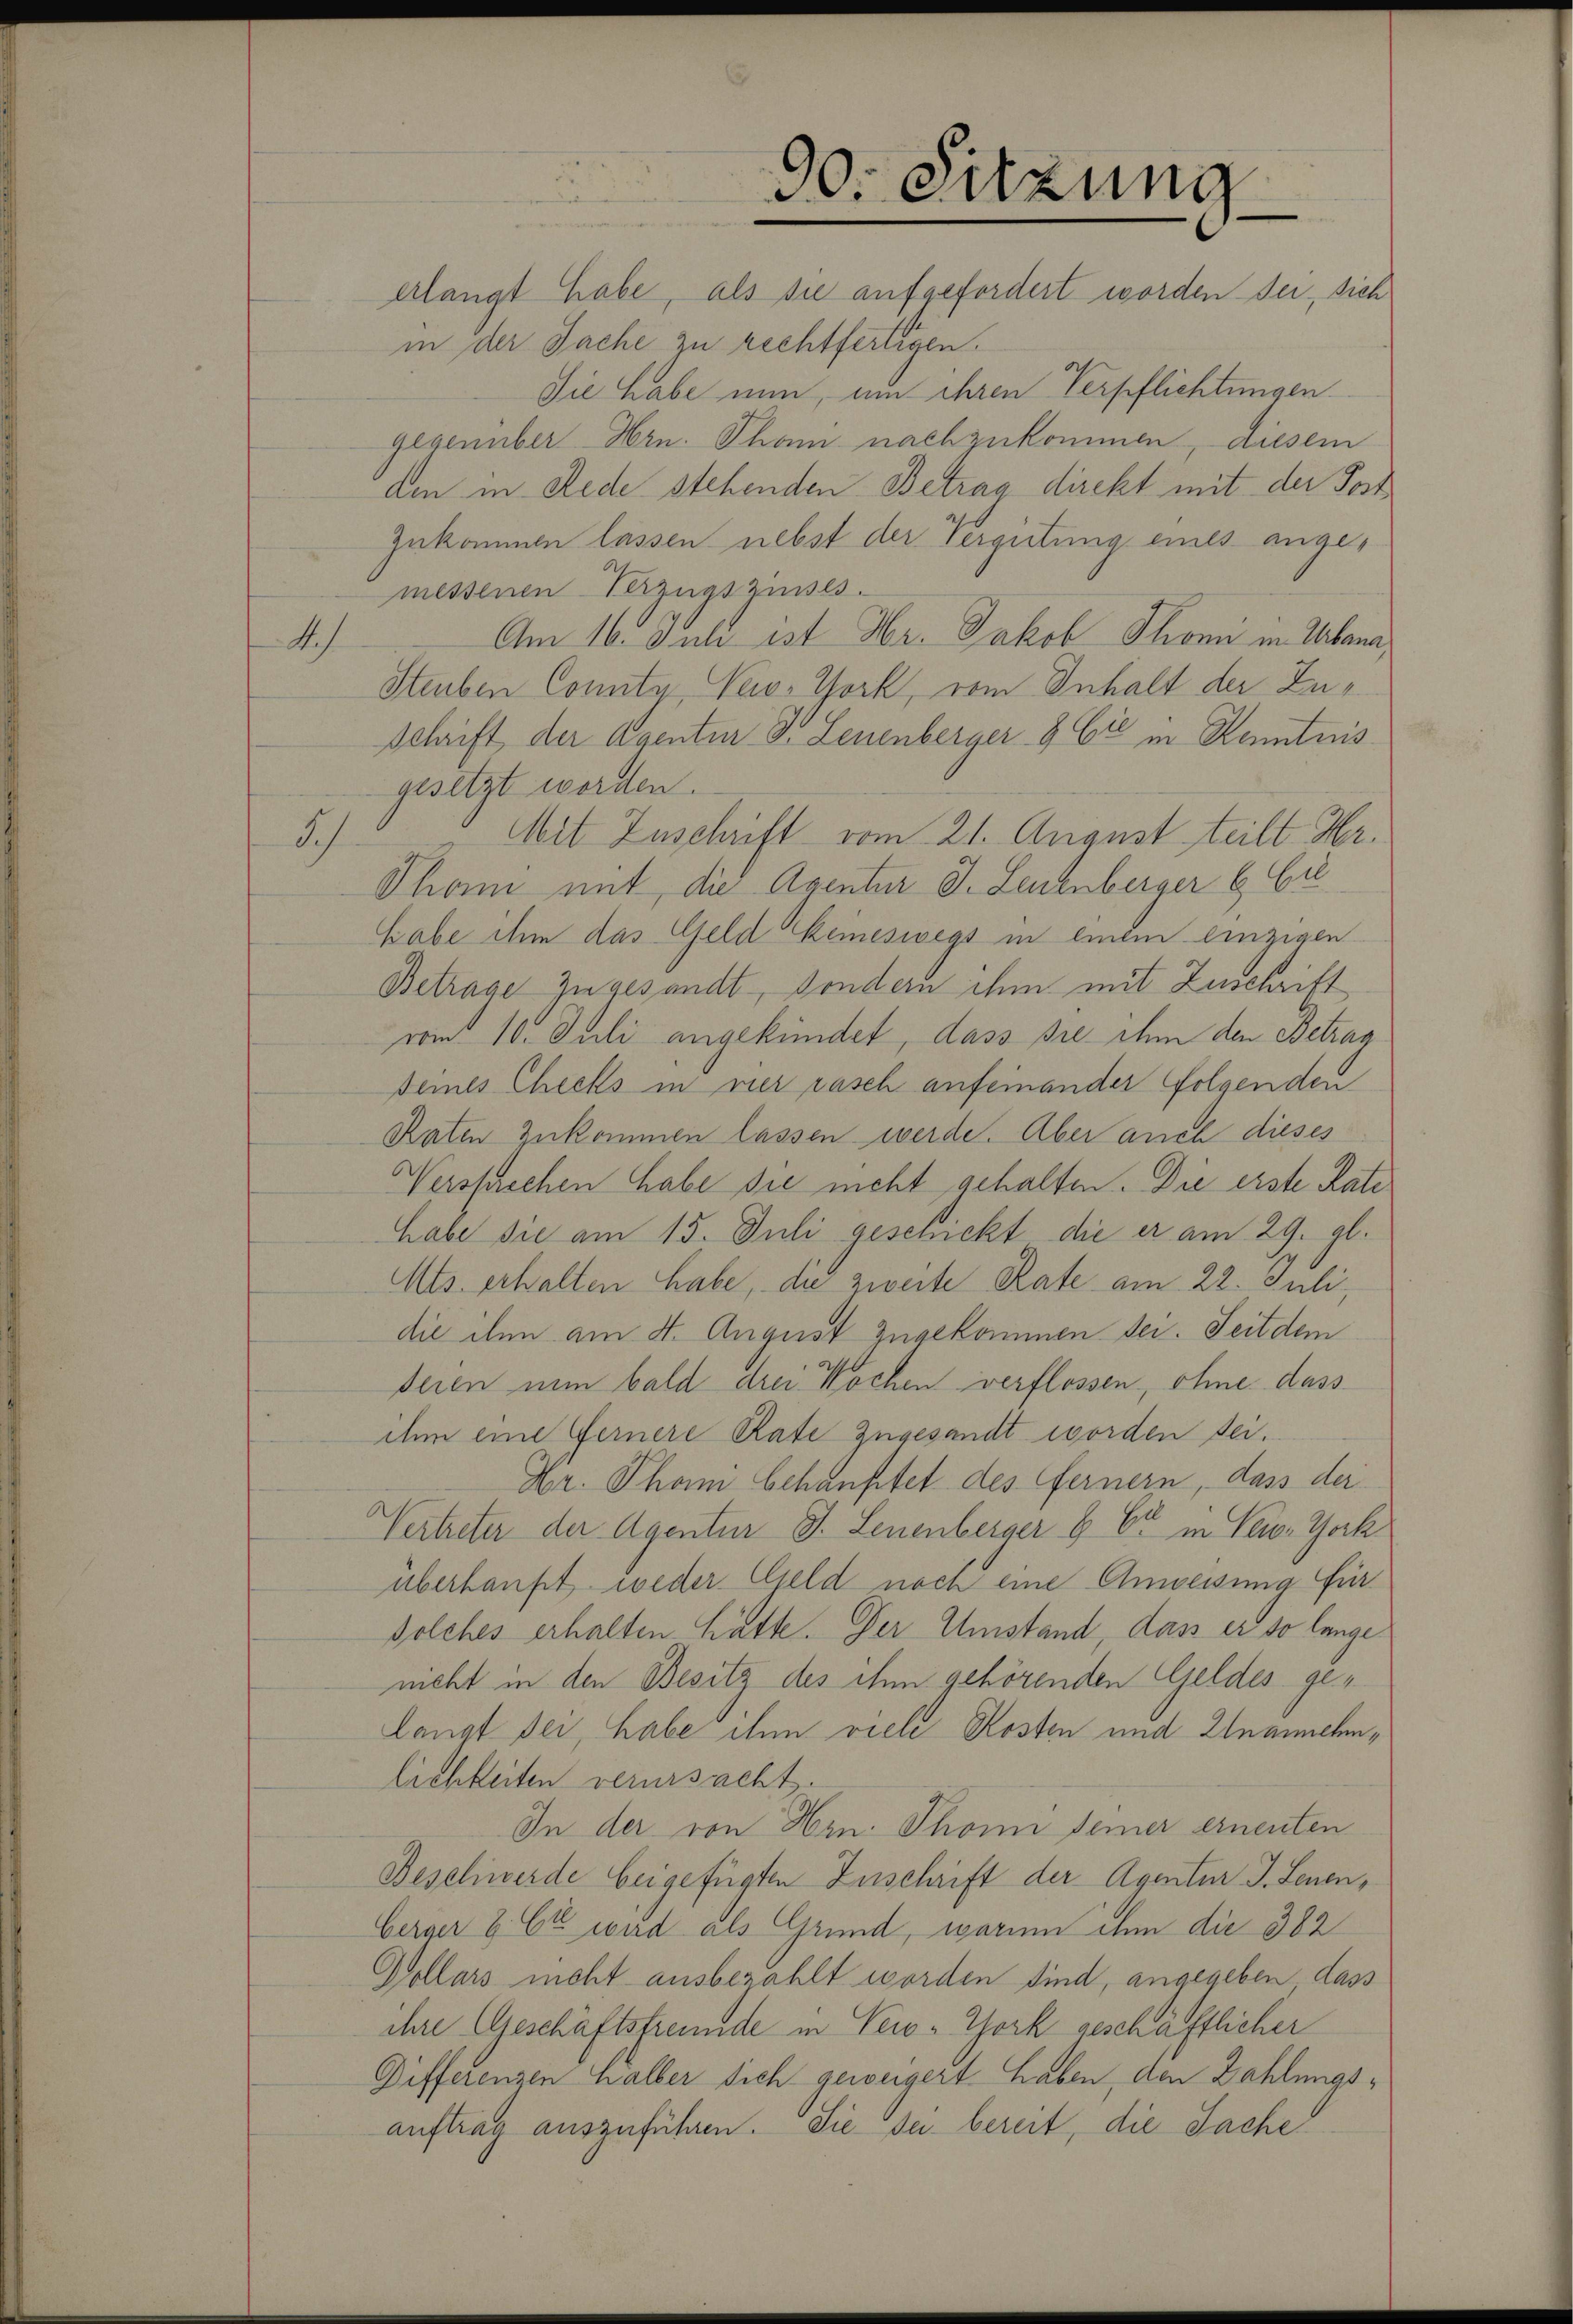
90. Sitzung
erlangt habe, als sie aufgefordert worden der, sich

in der Sache zu rechtfertigen.
Die habe nun, um ihren Verpflichtungen
gegenüber Hrn. Tham nachzukommen, diesem
den in Rede stehenden Betrag direkt mit der Post
zukommen lassen nebst der Vergütung eines angemessenen Verzugszinses.
Am 16. Juli ist Hr. Jakob Thomi in Urbana,
A
Steuben Connte, New-York, vom Inhalt der Zuschrift der Agentur d. Leuenberger & Cie in Kenntnis
gesetzt worden.
Mit Zuschrift vom 21. August teilt Hr.
Sch
Thann mit die Agentur J. Leuenberger & Ci
Habe ihm das Geld keineswegs in einem einzigen
Betrage zugesandt, sondern ihm mit Zuschrift
vom 10. Juli angekündet, dass sie ihm den Betrag
deines Checks in vier rasch anfeinander folgenden
Raten zukommen lassen werde. Aber auch dieses
Wersprechen habe sie nicht gehalten. Die erste Rate
habe sie am 15. Juli geschickt die er am 29. gl.
Mts. erhalten habe, die zweite Rate am 22. Juli,
die ihn am 4. August zugekommen sei. Seit dem
deren nun bald drei Wochen verflossen, ohne dass
ihm eine Fernere Rate zugesandt worden sei.
Hr. Tham behauptet des Fernern, dass der
Vertreter der Agentur J. Leuenberger & Er in Leiv-York
überhaupt weder Geld noch eine Anweisung für
Solches erhalten hätte. Der Umstand, dass er so lange
nicht in den Besitz des ihm gehörenden Geldes gelangt sei, habe ihn viele Kosten und Unannehmlichkeiten verursacht.
In der von Hrn. Thoni seiner ernenten
Beschwerde beigefügten Zuschrift der Agentur J. Leuen¬
Herger & Et wird als Grund, warum ihm die 382
Dollars nicht ausbezahlt worden sind, angegeben dass
ihre (Geschäftsfreunde in Vero-York geschäftlicher
Differenzen halber sich geweigert haben, den Zahlungsauftrag auszuführen. Sie sei bereit, die Sache